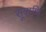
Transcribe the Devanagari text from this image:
सूत्राणि